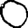
Digit: 0